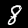
Digit: 8